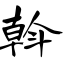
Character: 斡